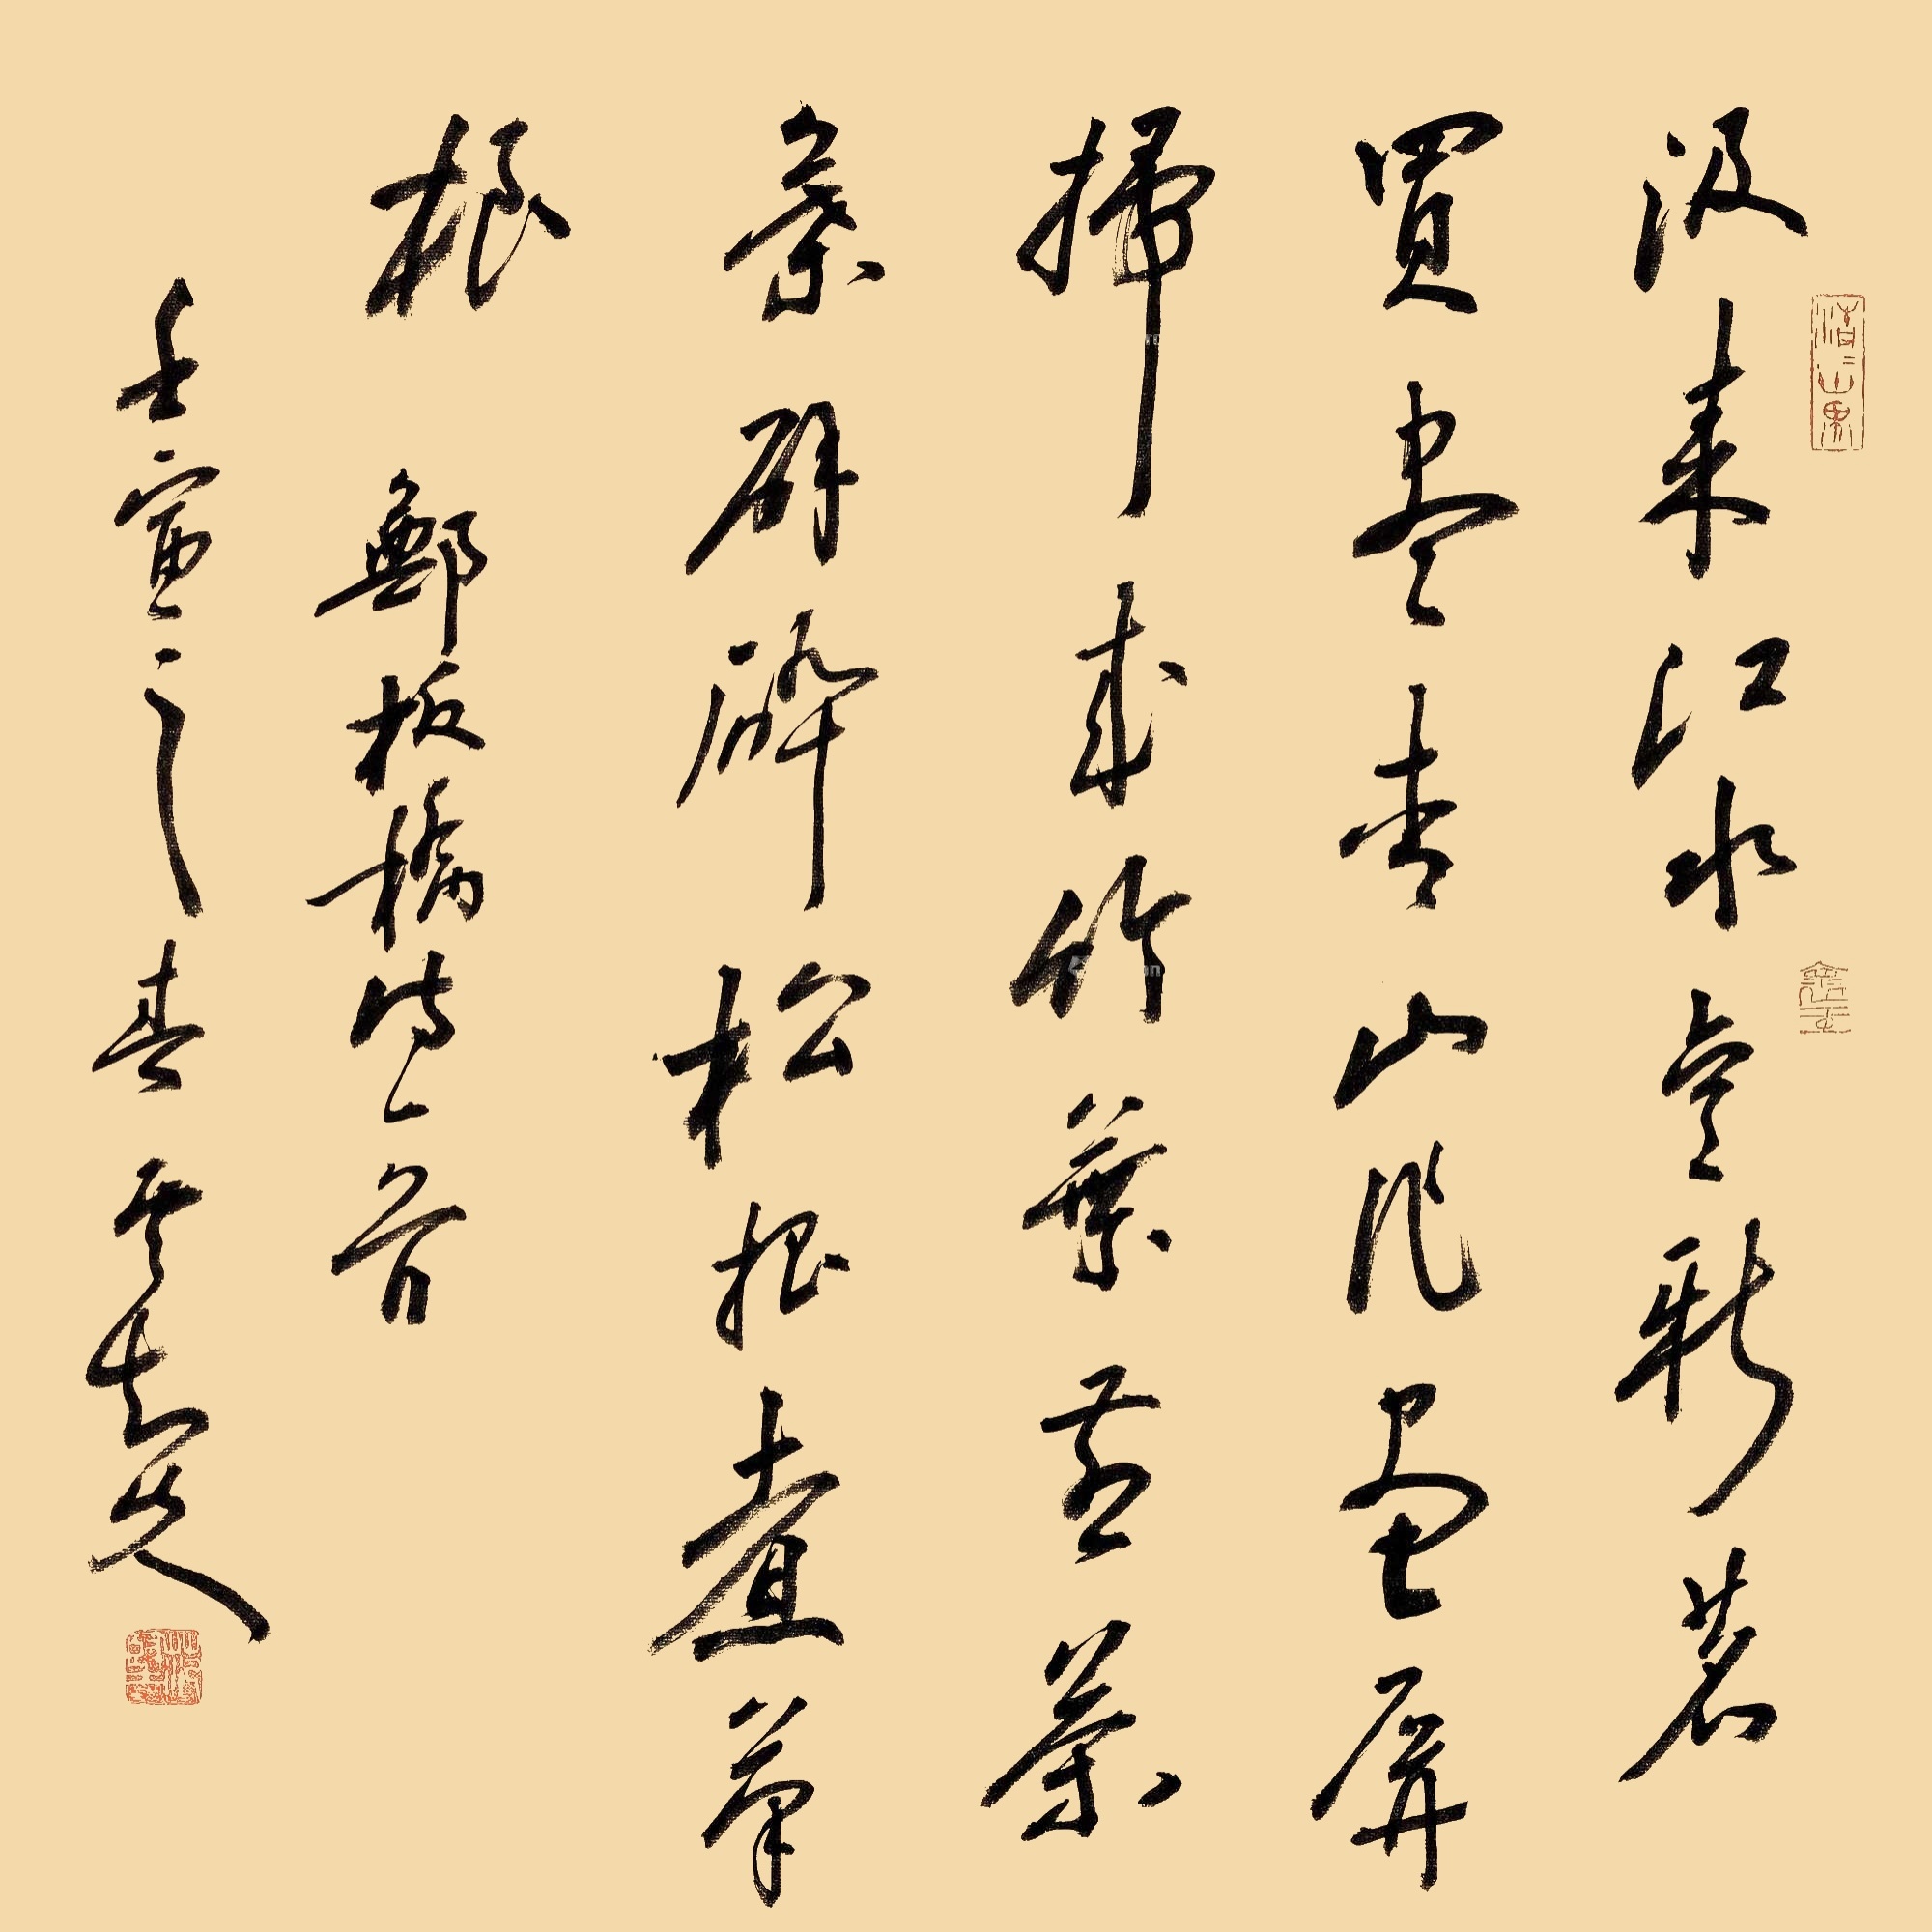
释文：汲来江水烹新茗，买尽青山当画屏。扫来竹叶烹茶叶，劈碎松根煮菜根。郑板桥诗一首。壬寅之春云知山人